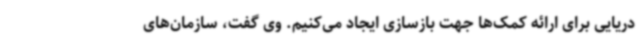
دریایی برای ارائه کمک‌ها جهت بازسازی ایجاد می‌کنیم. وی گفت، سازمان‌های